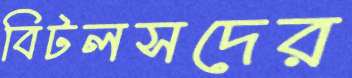
বিটলসদের